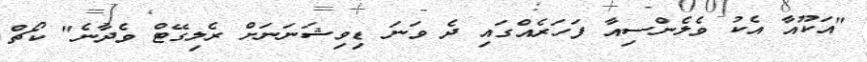
"އަކޫއާ އެކު ވެލެންސިއާ ފަހަރެއްގައި ދެ ވަނަ ޑިވިޝަނަނަށް ރެލިގޭޓް ވެދާނެ" ކޯޗް